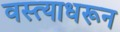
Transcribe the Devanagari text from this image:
वस्त्याधरून